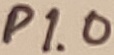
Text: P1.0